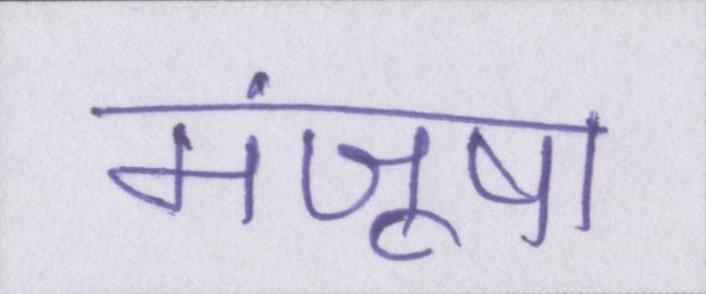
मंजूषा